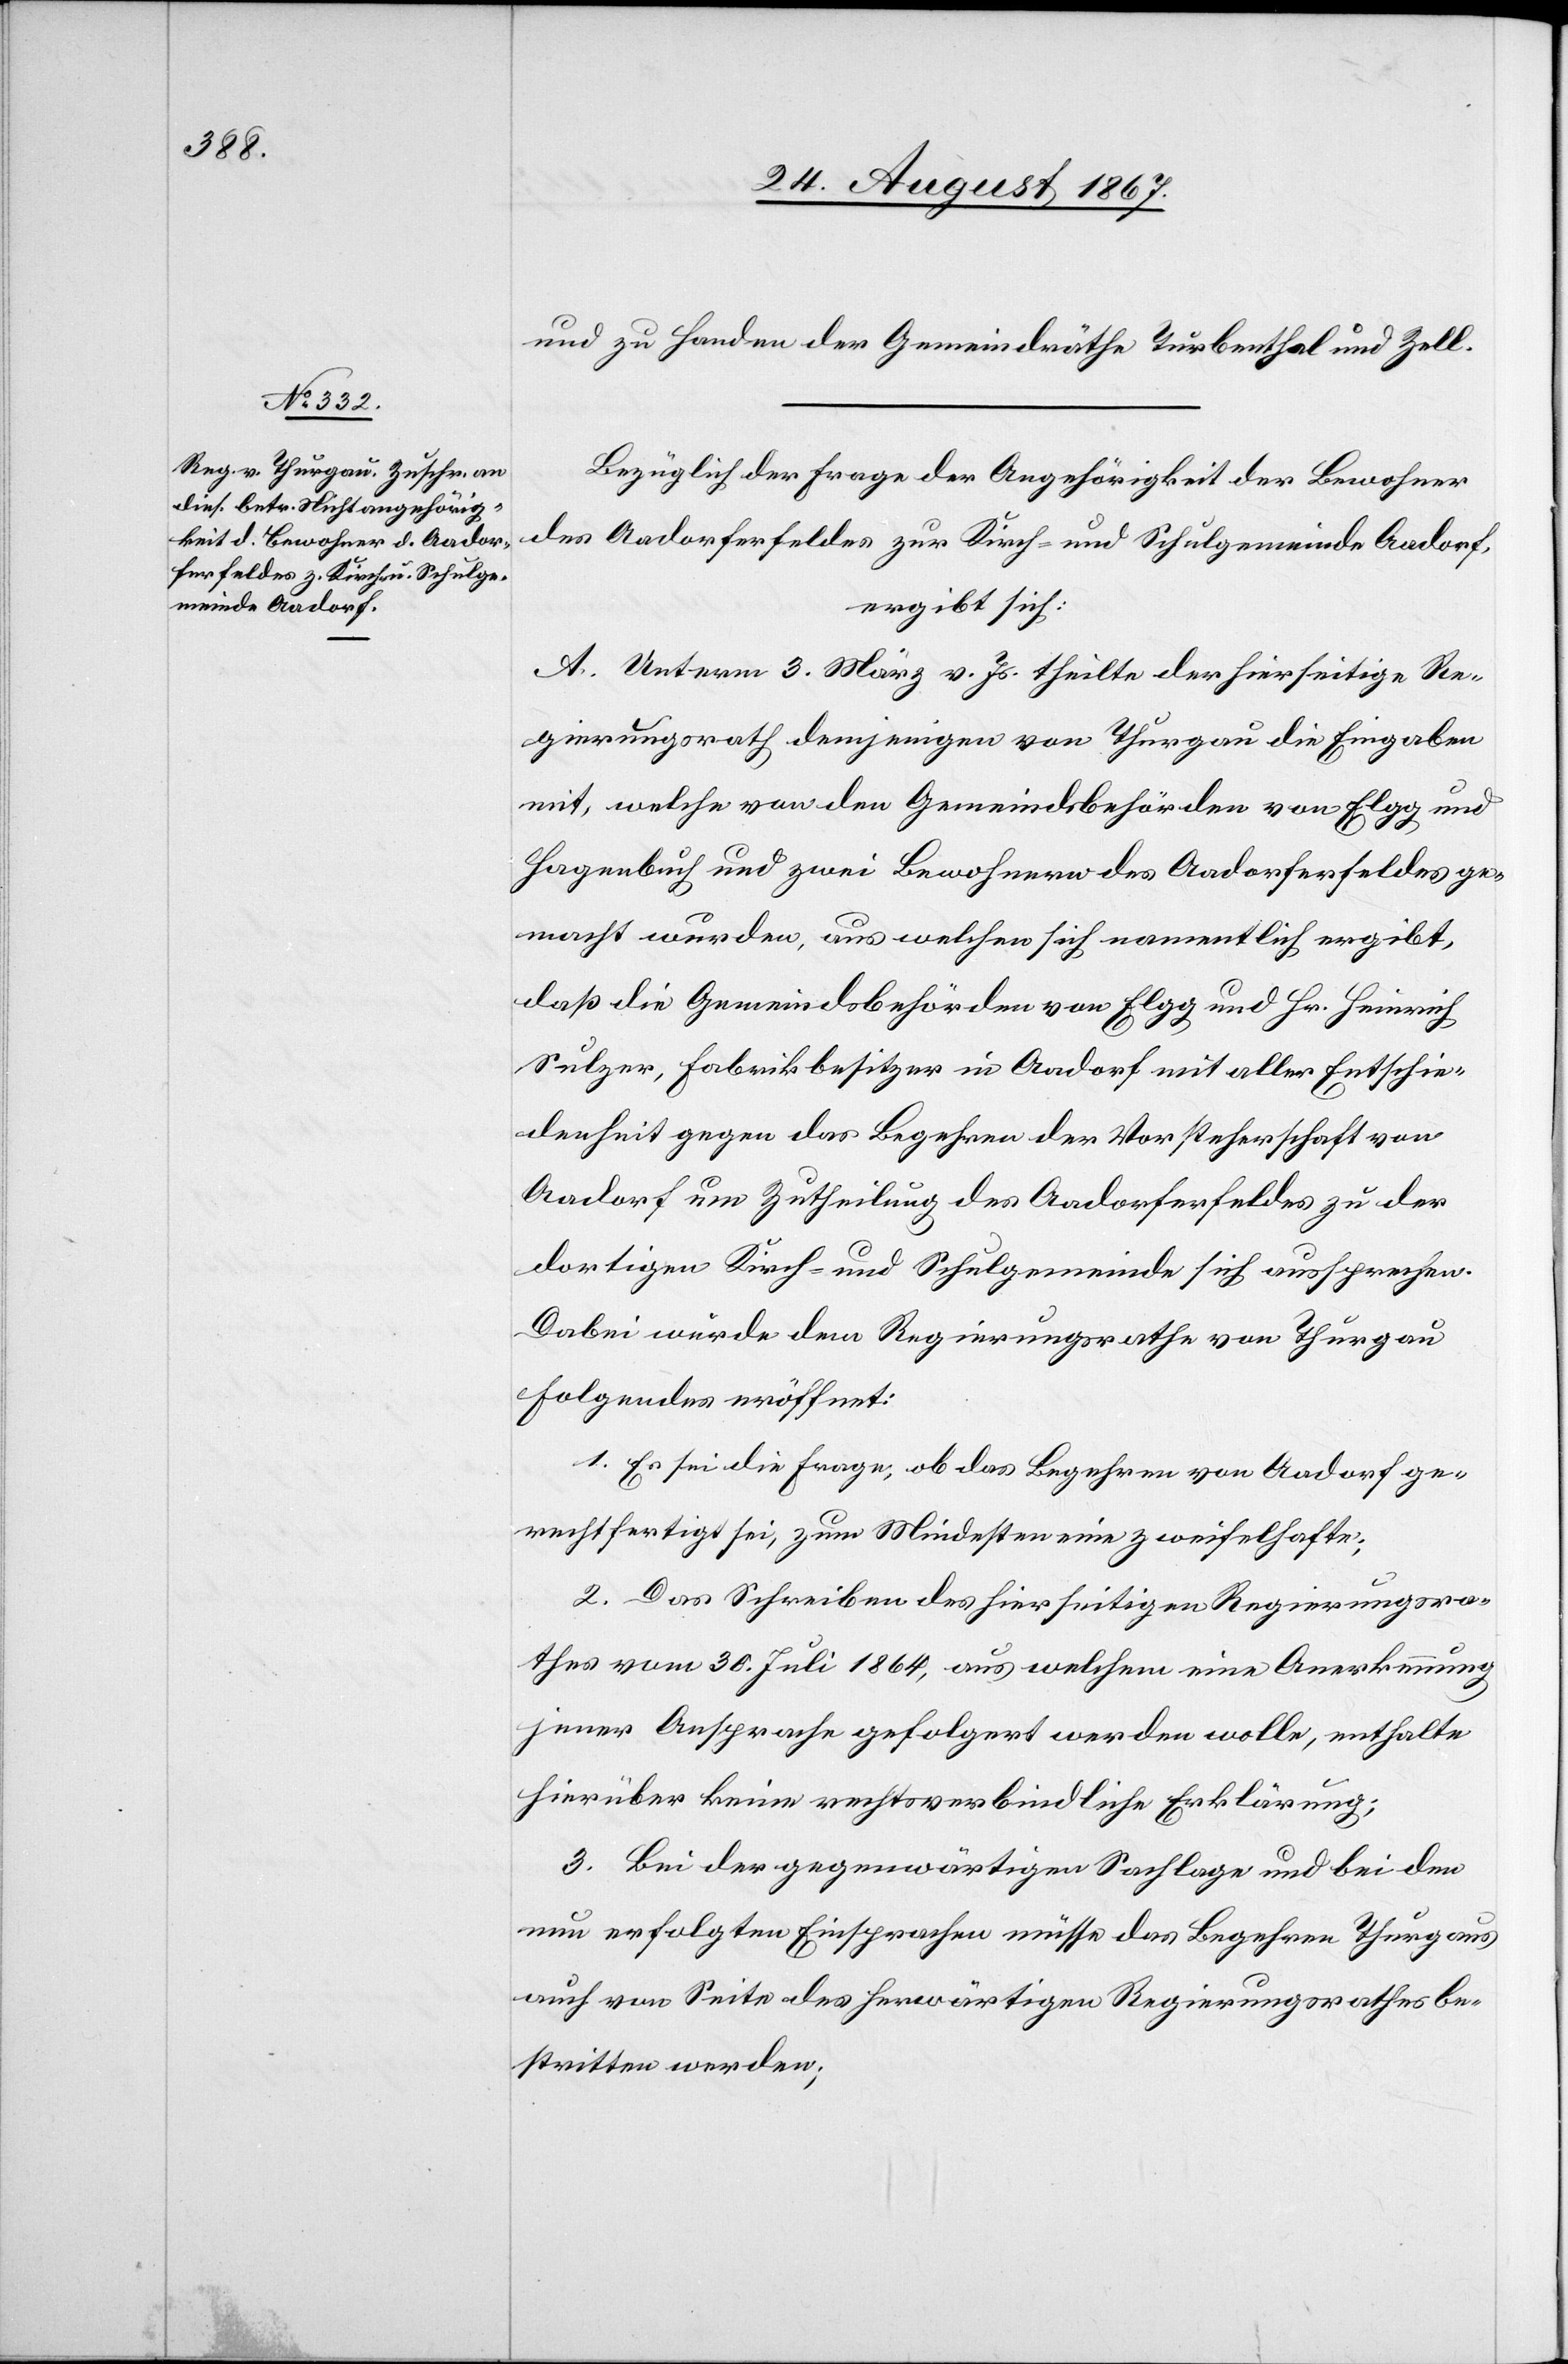
und zu Handen der Gemeindrathe Turbenthal und Zell.
Bezüglich der Frage der Angehörigkeit der Bewohner
des Aadorferfeldes zur Kirch- und Schulgemeinde Aadorf,
ergibt sich:
A. Unterm 3. März v. Js. theilt der hierseitige Re¬
gierungsrath demjenigen von Thurgau die Eingaben
mit, welche von den Gemeindsbehörden von Elgg und
Hagenbuch und zwei Bewohnern des Aadorferfeldes ge¬
macht wurden, aus welchen sich namentlich ergibt,
daß die Gemeindsbehörden von Elgg und Hr. Heinrich
Sulzer, Fabrikbesitzer in Aadorf mit aller Entschie¬
denheit gegen das Begehren der Vorsteherschaft von
Aadorf um Zutheilung des Aadorferfeldes zu der
dortigen Kirch- und Schulgemeinde sich aussprechen.
Dabei wurde dem Regierungsrathe von Thurgau
folgendes eröffnet:
1. Es sei die Frage, ob das Begehren von Aadorf ge¬
rechtfertigt sei, zum Mindesten eine zweifelhafte;
2. Das Schreiben des hierseitigen Regierungsra¬
thes vom 30. Juli 1864, aus welchem eine Anerkennung
jener Ansprache gefolgert werden wolle, enthalte
hierüber keine rechtsverbindliche Erklärung;
3. Bei der gegenwärtigen Sachlage und bei den
nun erfolgten Einsprachen müsse das Begehren Thurgaus
auch von Seite der herwärtigen Regierungsrathes be¬
stritten werden;